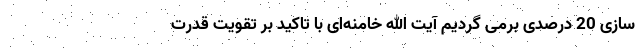
سازی 20 درصدی برمی گردیم آیت الله خامنه‌ای با تاکید بر تقویت قدرت